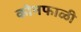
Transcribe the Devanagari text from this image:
कोनफाळी